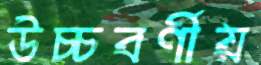
উচ্চবর্ণীয়